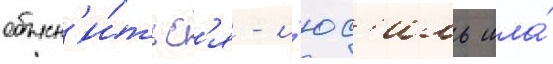
объясн'и́тьс'я - л'юс'иль шла́